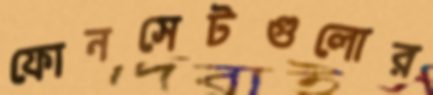
ফোনসেটগুলোর